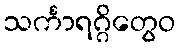
သင်္ကာရဂ္ဂိတွေဝ